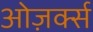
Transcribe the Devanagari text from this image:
ओज़र्क्स